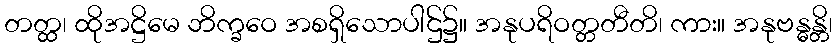
တတ္ထ၊ ထိုအဋ္ဌိမေ ဘိက္ခဝေ အစရှိသောပါဌ်၌။ အနုပရိဝတ္တတီတိ၊ ကား။ အနုဗန္ဓန္တိ၊